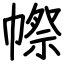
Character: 㡜